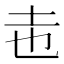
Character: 𭍽